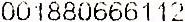
001880666112